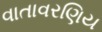
વાતાવરણિય